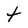
Character: t